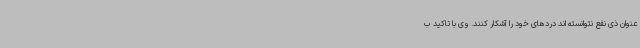
عنوان ذی نفع نتوانسته اند دردهای خود را آشکار کنند. وی با تاکید ب